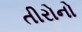
તીરોનો